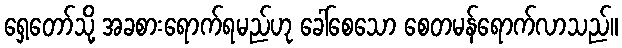
ရှေ့တော်သို့ အခစားရောက်ရမည်ဟု ခေါ်စေသော စေတမန်ရောက်လာသည်။